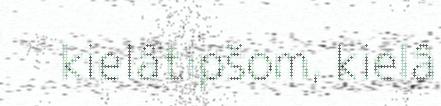
kielâtipšom, kielâ